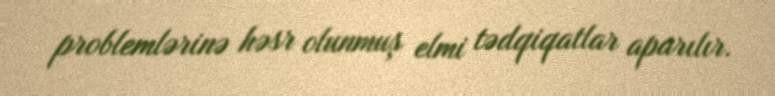
problemlərinə həsr olunmuş elmi tədqiqatlar aparılır.